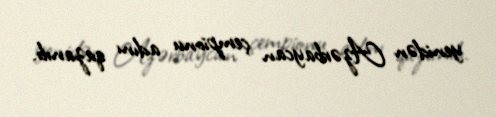
yenidən Azərbaycan çempionu adını qazanıb.